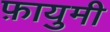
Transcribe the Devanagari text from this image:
फ़ायुमी